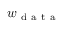
w _ { \mathrm { ~ d ~ a ~ t ~ a ~ } }